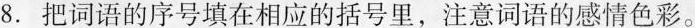
8.把词语的序号填在相应的括号里，注意词语的感情色彩。